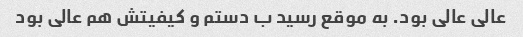
عالی عالی بود. به موقع رسید ب دستم و کیفیتش هم عالی بود